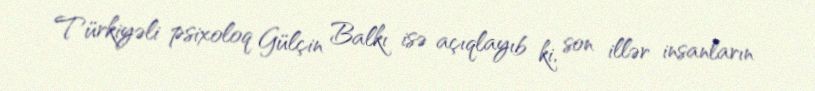
Türkiyəli psixoloq Gülçin Balkı isə açıqlayıb ki, son illər insanların